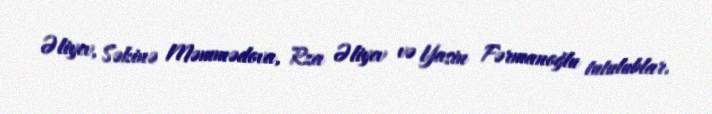
Əliyev, Səkinə Məmmədova, Rza Əliyev və Yasin Fərmanoğlu tutulublar.